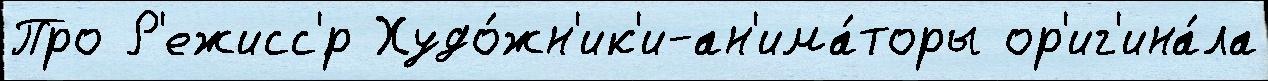
Про Р'ежисс'́р Худо́жн'ик'и-ан'има́торы ор'иг'ина́ла